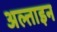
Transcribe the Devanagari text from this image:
अल्ताइन